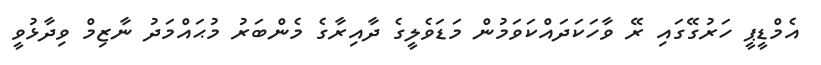
އެމްޑީޕީ ހަރުގޭގައި ރޭ ވާހަކަދައްކަވަމުން މަޑަވެލީގެ ދާއިރާގެ މެންބަރު މުޙައްމަދު ނާޒިމް ވިދާޅުވީ